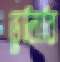
ভুলিবি